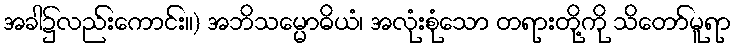
အခါ၌လည်းကောင်း။) အဘိသမ္မောဓိယံ၊ အလုံးစုံသော တရားတို့ကို သိတော်မူရာ